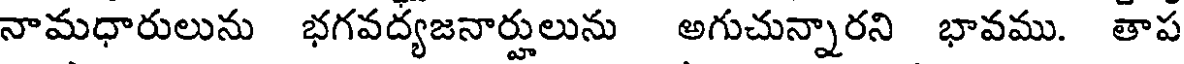
నామధారులును భగవద్యజనార్హులును అగుచున్నారని భావము. తాప